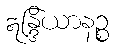
ဣန္ဒြိယာနဉ္စ